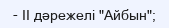
- II дәрежелі "Айбын";